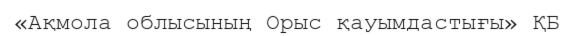
«Ақмола облысының Орыс қауымдастығы» ҚБ